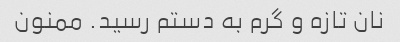
نان تازه و گرم به دستم رسید. ممنون